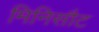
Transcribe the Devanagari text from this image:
मिनिसौट